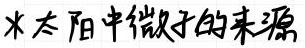
太阳中微子的来源